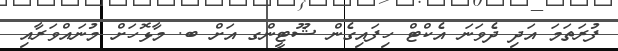
ފުރަތަމަ އަދި ދެވަނަ އެކްޓް ހިފައިގެން ޝޫޓީންގ އަށް ބ. މާޅޮހަށް މުނައްވަރާއި